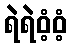
ရဲရဲဝံ့ဝံ့